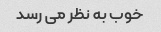
خوب به نظر می رسد